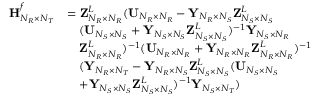
\begin{array} { r l } { { \bf { H } } _ { N _ { R } \times N _ { T } } ^ { f } } & { = { \bf { Z } } _ { N _ { R } \times N _ { R } } ^ { L } ( { \bf { U } } _ { N _ { R } \times N _ { R } } - { \bf { Y } } _ { N _ { R } \times N _ { S } } { \bf { Z } } _ { N _ { S } \times N _ { S } } ^ { L } } \\ & { \quad ( { \bf { U } } _ { N _ { S } \times N _ { S } } + { \bf { Y } } _ { N _ { S } \times N _ { S } } { \bf { Z } } _ { N _ { S } \times N _ { S } } ^ { L } ) ^ { - 1 } { \bf { Y } } _ { N _ { S } \times N _ { R } } } \\ & { \quad { \bf { Z } } _ { N _ { R } \times N _ { R } } ^ { L } ) ^ { - 1 } ( { \bf { U } } _ { N _ { R } \times N _ { R } } + { \bf { Y } } _ { N _ { R } \times N _ { R } } { \bf { Z } } _ { N _ { R } \times N _ { R } } ^ { L } ) ^ { - 1 } } \\ & { \quad ( { \bf { Y } } _ { N _ { R } \times N _ { T } } - { \bf { Y } } _ { N _ { R } \times N _ { S } } { \bf { Z } } _ { N _ { S } \times N _ { S } } ^ { L } ( { \bf { U } } _ { N _ { S } \times N _ { S } } } \\ & { \quad + { \bf { Y } } _ { N _ { S } \times N _ { S } } { \bf { Z } } _ { N _ { S } \times N _ { S } } ^ { L } ) ^ { - 1 } { \bf { Y } } _ { N _ { S } \times N _ { T } } ) } \end{array}